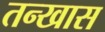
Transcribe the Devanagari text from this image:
तन्खास